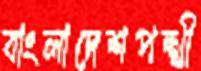
বাংলাদেশপন্থী